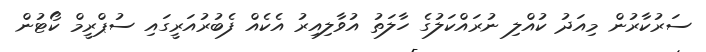
ސަރުކާރުން މިއަދު ކުއްލި ނުރައްކަލުގެ ހާލަތު އުވާލިއިރު އެކެއް ފެބުރުއަރީގައި ސުޕްރީމް ކޯޓުން